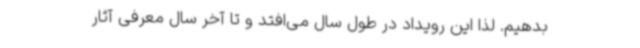
بدهیم. لذا این رویداد در طول سال می‌افتد و تا آخر سال معرفی‌ آثار